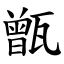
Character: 甑